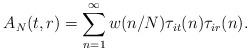
LaTeX: \begin{align*} A_N(t,r) = \sum_{n=1}^{\infty} w(n/N) \tau_{it}(n) \tau_{ir}(n).\end{align*}